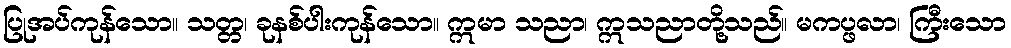
ပြုအပ်ကုန်သော။ သတ္တ၊ ခုနစ်ပါးကုန်သော။ ဣမာ သညာ၊ ဣသညာတို့သည်။ မကပ္ဖလာ၊ ကြီးသော